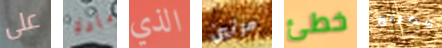
على مادة الذي مرتين خطئ شطرنج